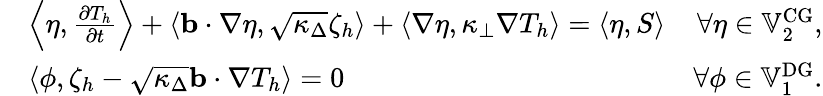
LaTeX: \begin{array}{rlr}&{\left\langle\eta,\frac{\partial T_{h}}{\partial t}\right\rangle+\langle\mathbf{b}\cdot\nabla\eta,\sqrt{\kappa_{\Delta}}\zeta_{h}\rangle+\langle\nabla\eta,\kappa_{\perp}\nabla T_{h}\rangle=\langle\eta,S\rangle}&{\forall\eta\in\mathbb{V}_{2}^{\mathrm{CG}},}\\ &{\langle\phi,\zeta_{h}-\sqrt{\kappa_{\Delta}}\mathbf{b}\cdot\nabla T_{h}\rangle=0}&{\forall\phi\in\mathbb{V}_{1}^{\mathrm{DG}}.}\end{array}